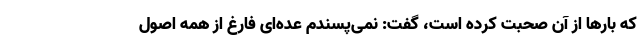
که بارها از آن صحبت کرده است، گفت: نمی‌پسندم عده‌ای فارغ از همه اصول